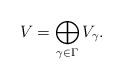
\begin{align*}V=\bigoplus _{\gamma\in \Gamma}V_{\gamma}.\end{align*}